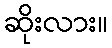
ဆိုးလား။